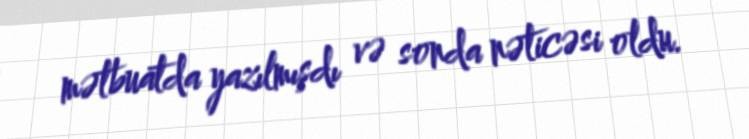
mətbuatda yazılmışdı və sonda nəticəsi oldu.